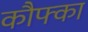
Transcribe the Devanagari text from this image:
कौफ्का